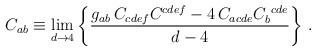
LaTeX: \begin{align*}C_{ab} \equiv \lim_{d\rightarrow 4} \left\{ {g_{ab}\, C_{cdef}C^{cdef} -4 \,C_{acde}C_b^{\ cde}\over d-4}\right\}\,.\end{align*}